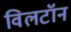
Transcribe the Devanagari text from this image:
विलटॉन